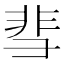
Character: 𬰙